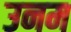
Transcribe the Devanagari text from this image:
उनम